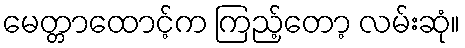
မေတ္တာထောင့်က ကြည့်တော့ လမ်းဆုံ။